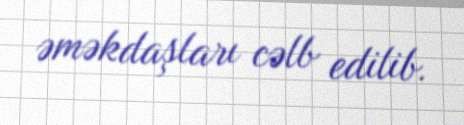
əməkdaşları cəlb edilib.